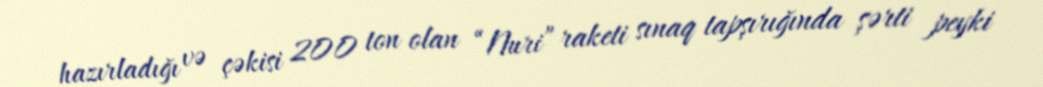
hazırladığı və çəkisi 200 ton olan “Nuri” raketi sınaq tapşırığında şərti peyki